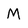
Character: M